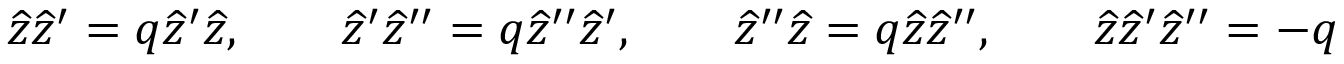
\widehat { z } \widehat { z } ^ { \prime } = q \widehat { z } ^ { \prime } \widehat { z } , \qquad \widehat { z } ^ { \prime } \widehat { z } ^ { \prime \prime } = q \widehat { z } ^ { \prime \prime } \widehat { z } ^ { \prime } , \qquad \widehat { z } ^ { \prime \prime } \widehat { z } = q \widehat { z } \widehat { z } ^ { \prime \prime } , \qquad \widehat { z } \widehat { z } ^ { \prime } \widehat { z } ^ { \prime \prime } = - q